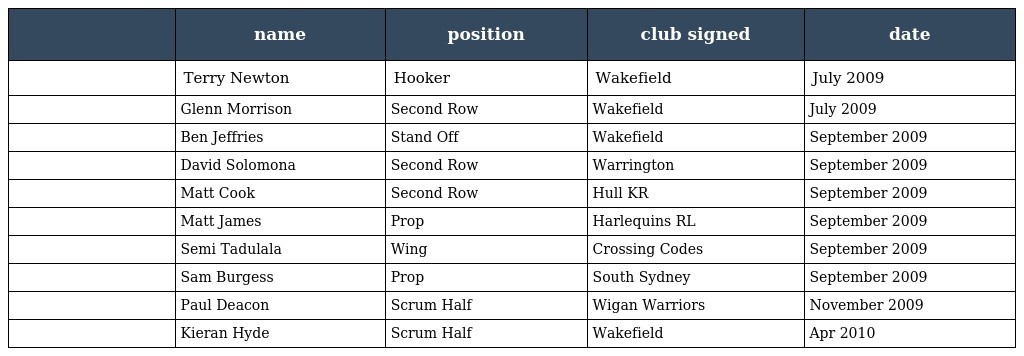
|  | name | position | club signed | date |
 | --- | --- | --- | --- | --- |
 |  | Terry Newton | Hooker | Wakefield | July 2009 |
 |  | Glenn Morrison | Second Row | Wakefield | July 2009 |
 |  | Ben Jeffries | Stand Off | Wakefield | September 2009 |
 |  | David Solomona | Second Row | Warrington | September 2009 |
 |  | Matt Cook | Second Row | Hull KR | September 2009 |
 |  | Matt James | Prop | Harlequins RL | September 2009 |
 |  | Semi Tadulala | Wing | Crossing Codes | September 2009 |
 |  | Sam Burgess | Prop | South Sydney | September 2009 |
 |  | Paul Deacon | Scrum Half | Wigan Warriors | November 2009 |
 |  | Kieran Hyde | Scrum Half | Wakefield | Apr 2010 |